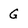
Character: G